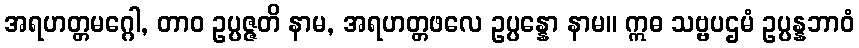
အရဟတ္တမဂ္ဂေါ, တာဝ ဥပ္ပဇ္ဇတိ နာမ, အရဟတ္တဖလေ ဥပ္ပန္နော နာမ။ ဣဓ သဗ္ဗပဌမံ ဥပ္ပန္နဘာဝံ